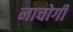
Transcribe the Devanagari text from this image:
नाचोगी